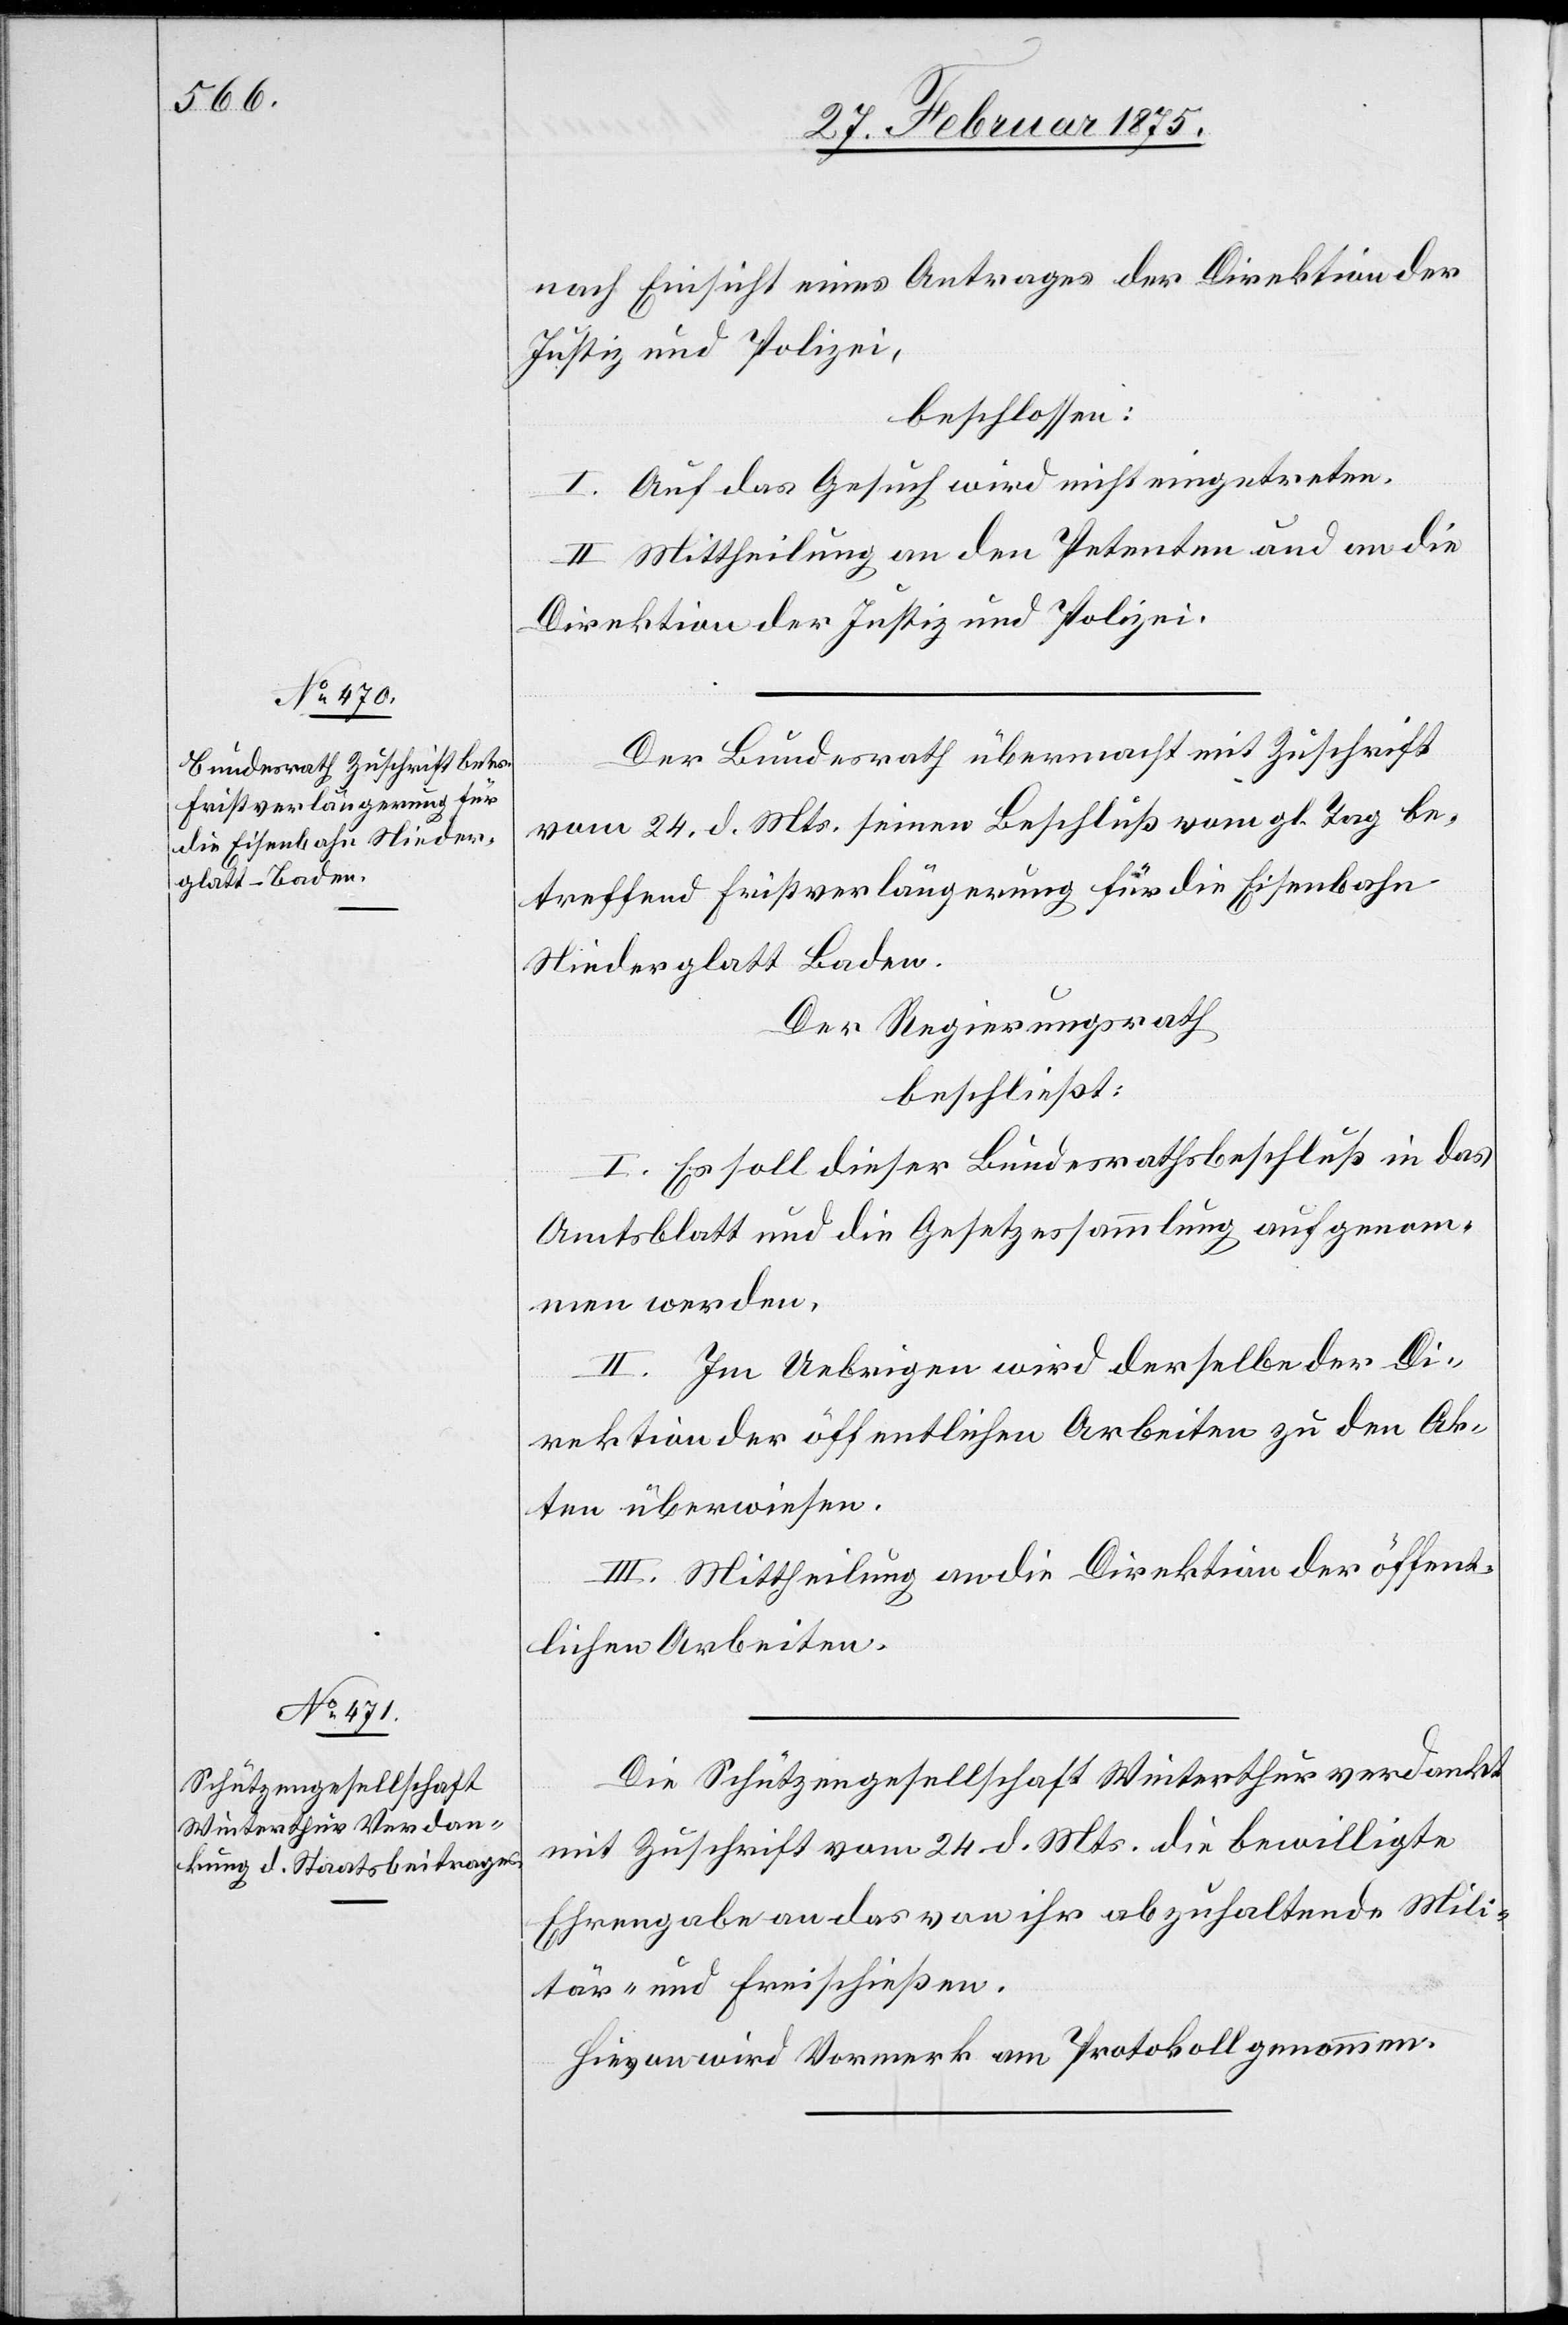
nach Einsicht eines Antrages der Direktion der
Justiz und Polizei,
beschlossen:
I. Auf das Gesuch wird nicht eingetreten.
II. Mittheilung an den Petenten und an die
Direktion der Justiz und Polizei.
Der Bundesrath übermacht mit Zuschrift
vom 24. d. Mts. seinen Beschluß vom gl. Tag be¬
treffend Fristverlängerung für die Eisenbahn
Niederglatt–Baden.
Der Regierungsrath
beschließt:
I. Es soll dieser Bundesrathsbeschluß in das
Amtsblatt und die Gesetzessammlung aufgenomm¬
en werden.
II. Im Uebrigen wird derselbe der Di¬
rektion der öffentlichen Arbeiten zu den Ak¬
ten überwiesen.
III. Mittheilung an die Direktion der öffent¬
lichen Arbeiten.
Die Schützengesellschaft Winterthur verdankt
mit Zuschrift vom 24. d. Mts. die bewilligte
Ehrengabe an das von ihr abzuhaltende Mili¬
tär- und Freischießen.
Hievon wird Vormerk am Protokoll genommen.